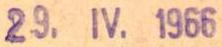
29. IV. 1966